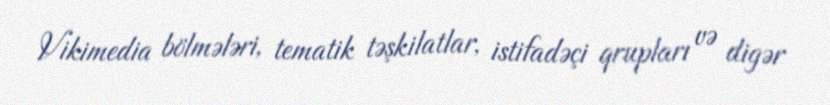
Vikimedia bölmələri, tematik təşkilatlar, istifadəçi qrupları və digər